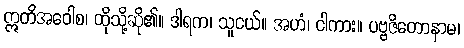
ဣတိအဝေါစ၊ ထိုသို့ဆို၏။ ဒါရက၊ သူငယ်။ အဟံ၊ ငါကား။ ပဗ္ဗဇိတောနာမ၊